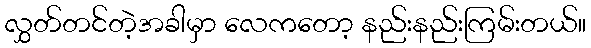
လွှတ်တင်တဲ့အခါမှာ လေကတော့ နည်းနည်းကြမ်းတယ်။